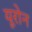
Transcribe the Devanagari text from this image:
यूरोन